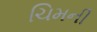
ચિમની